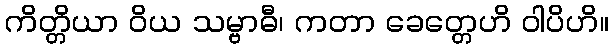
ကိတ္တိယာ ဝိယ သမ္ဗာဓီ၊ ကတာ ခေတ္တေဟိ ဝါပိဟိ။